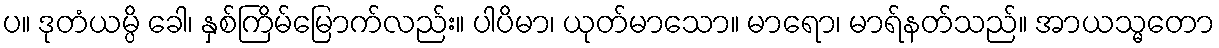
ပ။ ဒုတံယမ္ပိ ခေါ၊ နှစ်ကြိမ်မြောက်လည်း။ ပါပိမာ၊ ယုတ်မာသော။ မာရော၊ မာရ်နတ်သည်။ အာယသ္မတော